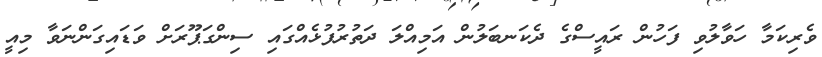
ވެރިކަމާ ހަވާލުވި ފަހުން ރައީސްގެ ދެކަނބަލުން އަމިއްލަ ދަތުރުފުޅެއްގައި ސިންގަޕޫރަށް ވަޑައިގަންނަވާ މިއީ